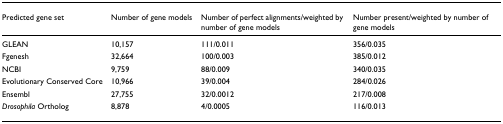
<table><thead><tr><td><b>Predicted gene set</b></td><td><b>Number of gene models</b></td><td><b>Number of perfect alignments/weighted by number of gene models</b></td><td><b>Number present/weighted by number of gene models</b></td></tr></thead><tbody><tr><td>GLEAN</td><td>10,157</td><td>111/0.011</td><td>356/0.035</td></tr><tr><td>Fgenesh</td><td>32,664</td><td>100/0.003</td><td>385/0.012</td></tr><tr><td>NCBI</td><td>9,759</td><td>88/0.009</td><td>340/0.035</td></tr><tr><td>Evolutionary Conserved Core</td><td>10,966</td><td>39/0.004</td><td>284/0.026</td></tr><tr><td>Ensembl</td><td>27,755</td><td>32/0.0012</td><td>217/0.008</td></tr><tr><td><i>Drosophila </i>Ortholog</td><td>8,878</td><td>4/0.0005</td><td>116/0.013</td></tr></tbody></table>